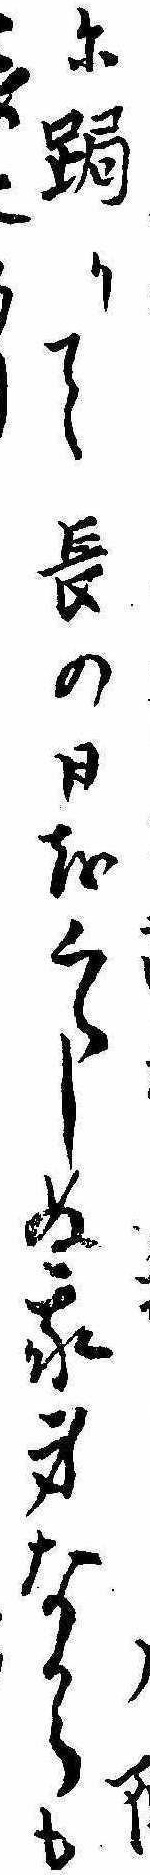
に跼りて長の日をくらしぬ我身なからも也